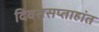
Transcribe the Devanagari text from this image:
दिवससप्ताहांत